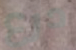
درع